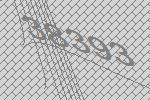
38393